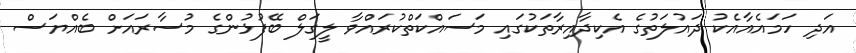
އަދި ހަމައެއާއެކު ދައުލަތުގެ އެކިދާއިރާތަކުގައި މަސައްކަތްކުރައްވާ ލީގަލް ބޭފުޅުންގެ މުސާރައަށް ބެއްޔަސް